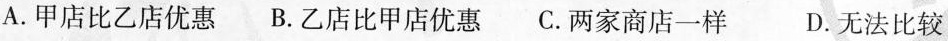
A.甲店比乙店优惠 B.乙店比甲店优惠 C.两家商店一样 D.无法比较